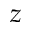
z